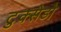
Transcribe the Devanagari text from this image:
टुक्सेडो